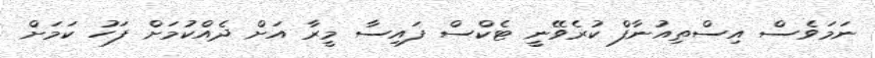
ނަމަވެސް އިސްތިއުނާފް ކުރެވޭނީ ޓެކްސް ފައިސާ މީރާ އަށް ދެއްކުމަށް ފަހު ކަމަށް